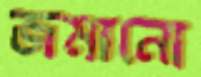
জমানো